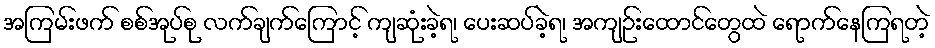
အကြမ်းဖက် စစ်အုပ်စု လက်ချက်ကြောင့် ကျဆုံးခဲ့ရ၊ ပေးဆပ်ခဲ့ရ၊ အကျဉ်းထောင်တွေထဲ ရောက်နေကြရတဲ့